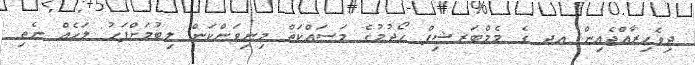
ދިވެހިރާއްޖެއިން އދ ގެ މެމްބަރޝިޕް ހޯދުމުގެ މަސައްކަތް މިނިވަންކަން ލިބުމަށްފަހު ލަހެއް ނެތި